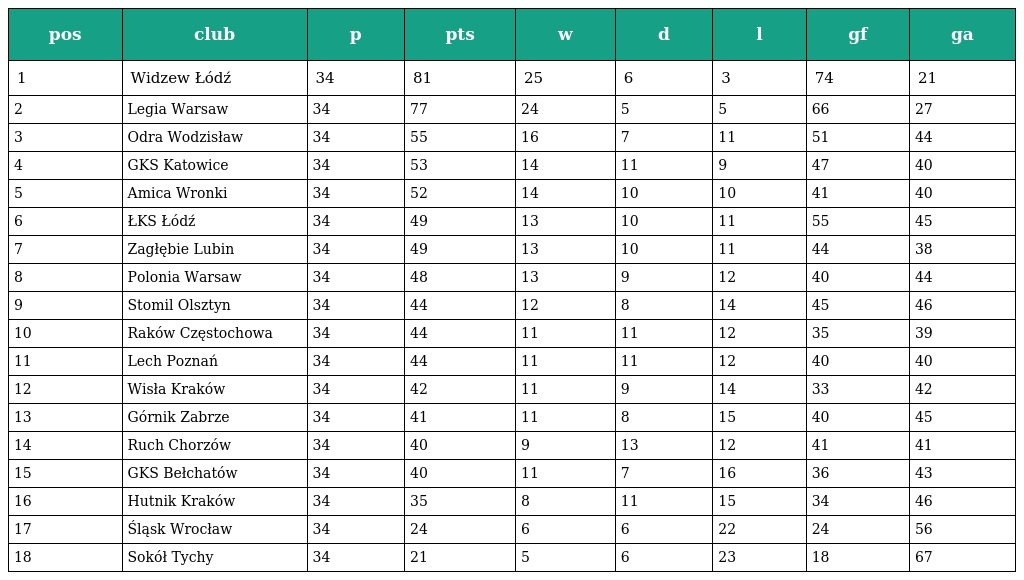
| pos | club | p | pts | w | d | l | gf | ga |
 | --- | --- | --- | --- | --- | --- | --- | --- | --- |
 | 1 | Widzew Łódź | 34 | 81 | 25 | 6 | 3 | 74 | 21 |
 | 2 | Legia Warsaw | 34 | 77 | 24 | 5 | 5 | 66 | 27 |
 | 3 | Odra Wodzisław | 34 | 55 | 16 | 7 | 11 | 51 | 44 |
 | 4 | GKS Katowice | 34 | 53 | 14 | 11 | 9 | 47 | 40 |
 | 5 | Amica Wronki | 34 | 52 | 14 | 10 | 10 | 41 | 40 |
 | 6 | ŁKS Łódź | 34 | 49 | 13 | 10 | 11 | 55 | 45 |
 | 7 | Zagłębie Lubin | 34 | 49 | 13 | 10 | 11 | 44 | 38 |
 | 8 | Polonia Warsaw | 34 | 48 | 13 | 9 | 12 | 40 | 44 |
 | 9 | Stomil Olsztyn | 34 | 44 | 12 | 8 | 14 | 45 | 46 |
 | 10 | Raków Częstochowa | 34 | 44 | 11 | 11 | 12 | 35 | 39 |
 | 11 | Lech Poznań | 34 | 44 | 11 | 11 | 12 | 40 | 40 |
 | 12 | Wisła Kraków | 34 | 42 | 11 | 9 | 14 | 33 | 42 |
 | 13 | Górnik Zabrze | 34 | 41 | 11 | 8 | 15 | 40 | 45 |
 | 14 | Ruch Chorzów | 34 | 40 | 9 | 13 | 12 | 41 | 41 |
 | 15 | GKS Bełchatów | 34 | 40 | 11 | 7 | 16 | 36 | 43 |
 | 16 | Hutnik Kraków | 34 | 35 | 8 | 11 | 15 | 34 | 46 |
 | 17 | Śląsk Wrocław | 34 | 24 | 6 | 6 | 22 | 24 | 56 |
 | 18 | Sokół Tychy | 34 | 21 | 5 | 6 | 23 | 18 | 67 |